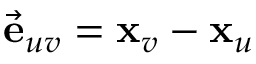
\vec { \mathbf { e } } _ { u v } = \mathbf { x } _ { v } - \mathbf { x } _ { u }